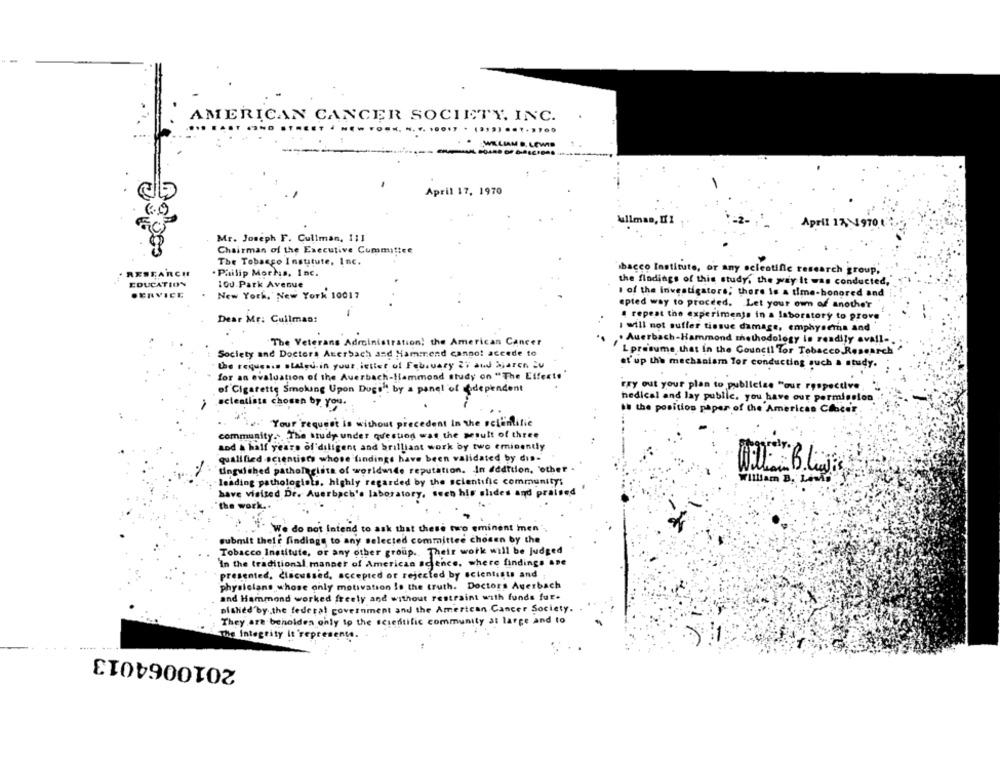
AMERICAN CANCER SOCIETY, INC.
WILLIAM B. LEWIS
April 17, 1970
Wullman, DI
April 17, 910:
Mr. Joseph F. Cullman, 111
Chairman of the Executive Cummittee
The Tobacco Institute, Inc.
. Philip Morhis, Inc.
bacco Institute, or any selectific research group,
the flodings of this study. the way It was conducted,
EDUC
:00 Park Avenue
New York, New York 10017
I of the investigators; there is a time-honored and
apted way to proceed. Let your own of another
Dear Mr: Cullman:
repeat the experiments in a laboratory to prove
i will not suffer tissue damage, emphysema and
The Veterans Administration! the American Cancer
. Auerbach-Hammond methodology is readily avall -.
Lpresume that in the Council Tor Tobacco Research
Society and Doctors Aterbach and Hammend cannot accede to
the reques.s stated in your,ietter ul February 2i and Sjaren Su
et'up the mechanism Tor conducting such a study.
for an evaluation of the Auerbach-Hammond study on "The Effects"
of Cigarette Smoking Upon Dugs ! by a panel of codependent
Fry out your plan to publicize "our respective
hedical and lay public. you have our permission
scientists chosen by you.
au the position paper of the American Cancer
Your request is without precedent In the selintific
community .. The study under question was the sesult of three
and A half years of diligent and brilliant work by two eminently
qualified -scientists whose findings have been validated by dis-
tinguished pathologista of worldwide reputation. In Addition, 'other -
leading pathologists, highly regarded by the scientific community;
William B,
have visited Dr. Auerbach's laboratory, seen his slides and praised
the work.
We do not Intend to ask that these two eminent men
submit their findings to any selected committee chosen by the
Tobacco Institute, or any other group .. Their work will be judged
In the traditional manner of American science, where findings ane
presented, Clacussed, accepted or rejected by scientists and
physicians whose only motivation Is the truth. Doctors Auerbach
and Hammond worked freely and without restraint with funds fur.
nished by,the federal government and the American Cancer Society.
They are beholdes only to the scientific community at large and to
The Integrity It 'represent
2010064013